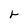
Character: r